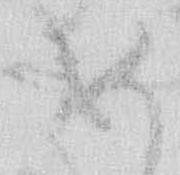
め